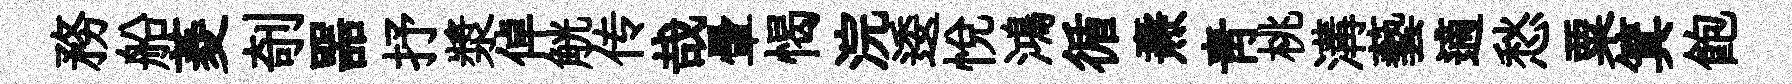
務船菱剞噐抒漿倬觥传哉暈愒浣逶悅鴻循燾靑桃溝藝適愁粟箕飽